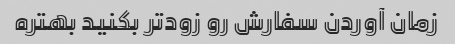
زمان آوردن سفارش رو زود‌تر بکنید بهتره